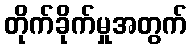
တိုက်ခိုက်မှုအတွက်